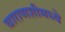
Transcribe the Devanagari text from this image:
वाराणशीमध्ये